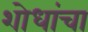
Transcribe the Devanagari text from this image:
शोधांचा